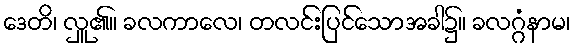
ဒေတိ၊ လှူ၏။ ခလကာလေ၊ တလင်းပြင်သောအခါ၌။ ခလဂ္ဂံနာမ၊